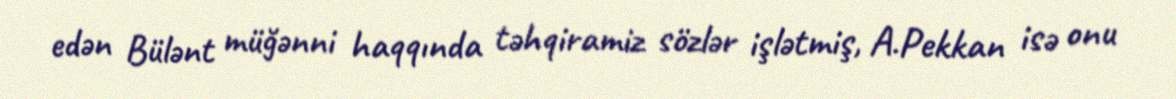
edən Bülənt müğənni haqqında təhqiramiz sözlər işlətmiş, A.Pekkan isə onu